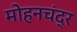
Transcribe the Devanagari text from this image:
मोहनचंद्र